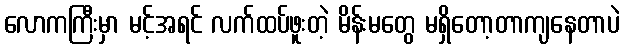
လောကကြီးမှာ မင့်အရင် လက်ထပ်ဖူးတဲ့ မိန်းမတွေ မရှိတော့တာကျနေတာပဲ